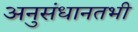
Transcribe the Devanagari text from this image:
अनुसंधानतभी